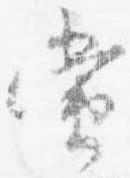
当